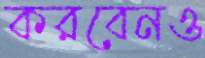
করবেনও